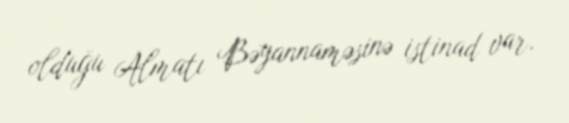
olduğu Almatı Bəyannaməsinə istinad var.